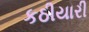
કઠીયારી